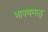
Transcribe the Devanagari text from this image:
भाषणगळु